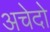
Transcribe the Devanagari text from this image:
अचेदो